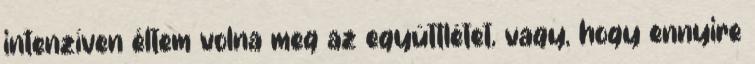
intenzíven éltem volna meg az együttlétet, vagy, hogy ennyire